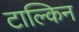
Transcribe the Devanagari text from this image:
टाल्किन